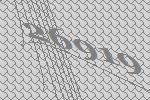
26919